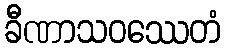
ခီဏာသဝဿေတံ